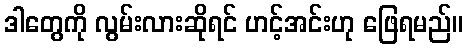
ဒါတွေကို လွမ်းလားဆိုရင် ဟင့်အင်းဟု ဖြေရမည်။